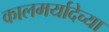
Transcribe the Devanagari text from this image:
कालमर्यादेच्या